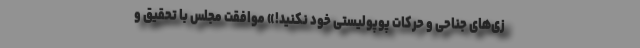
زی‌های جناحی و حرکات پوپولیستی خود نکنید!» موافقت مجلس با تحقیق و